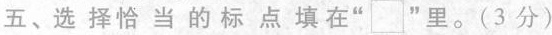
五、选择恰当的标点填在”□”里。(3分)